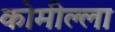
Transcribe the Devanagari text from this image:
कोमील्ला